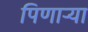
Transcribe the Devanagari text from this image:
पिणार्‍या